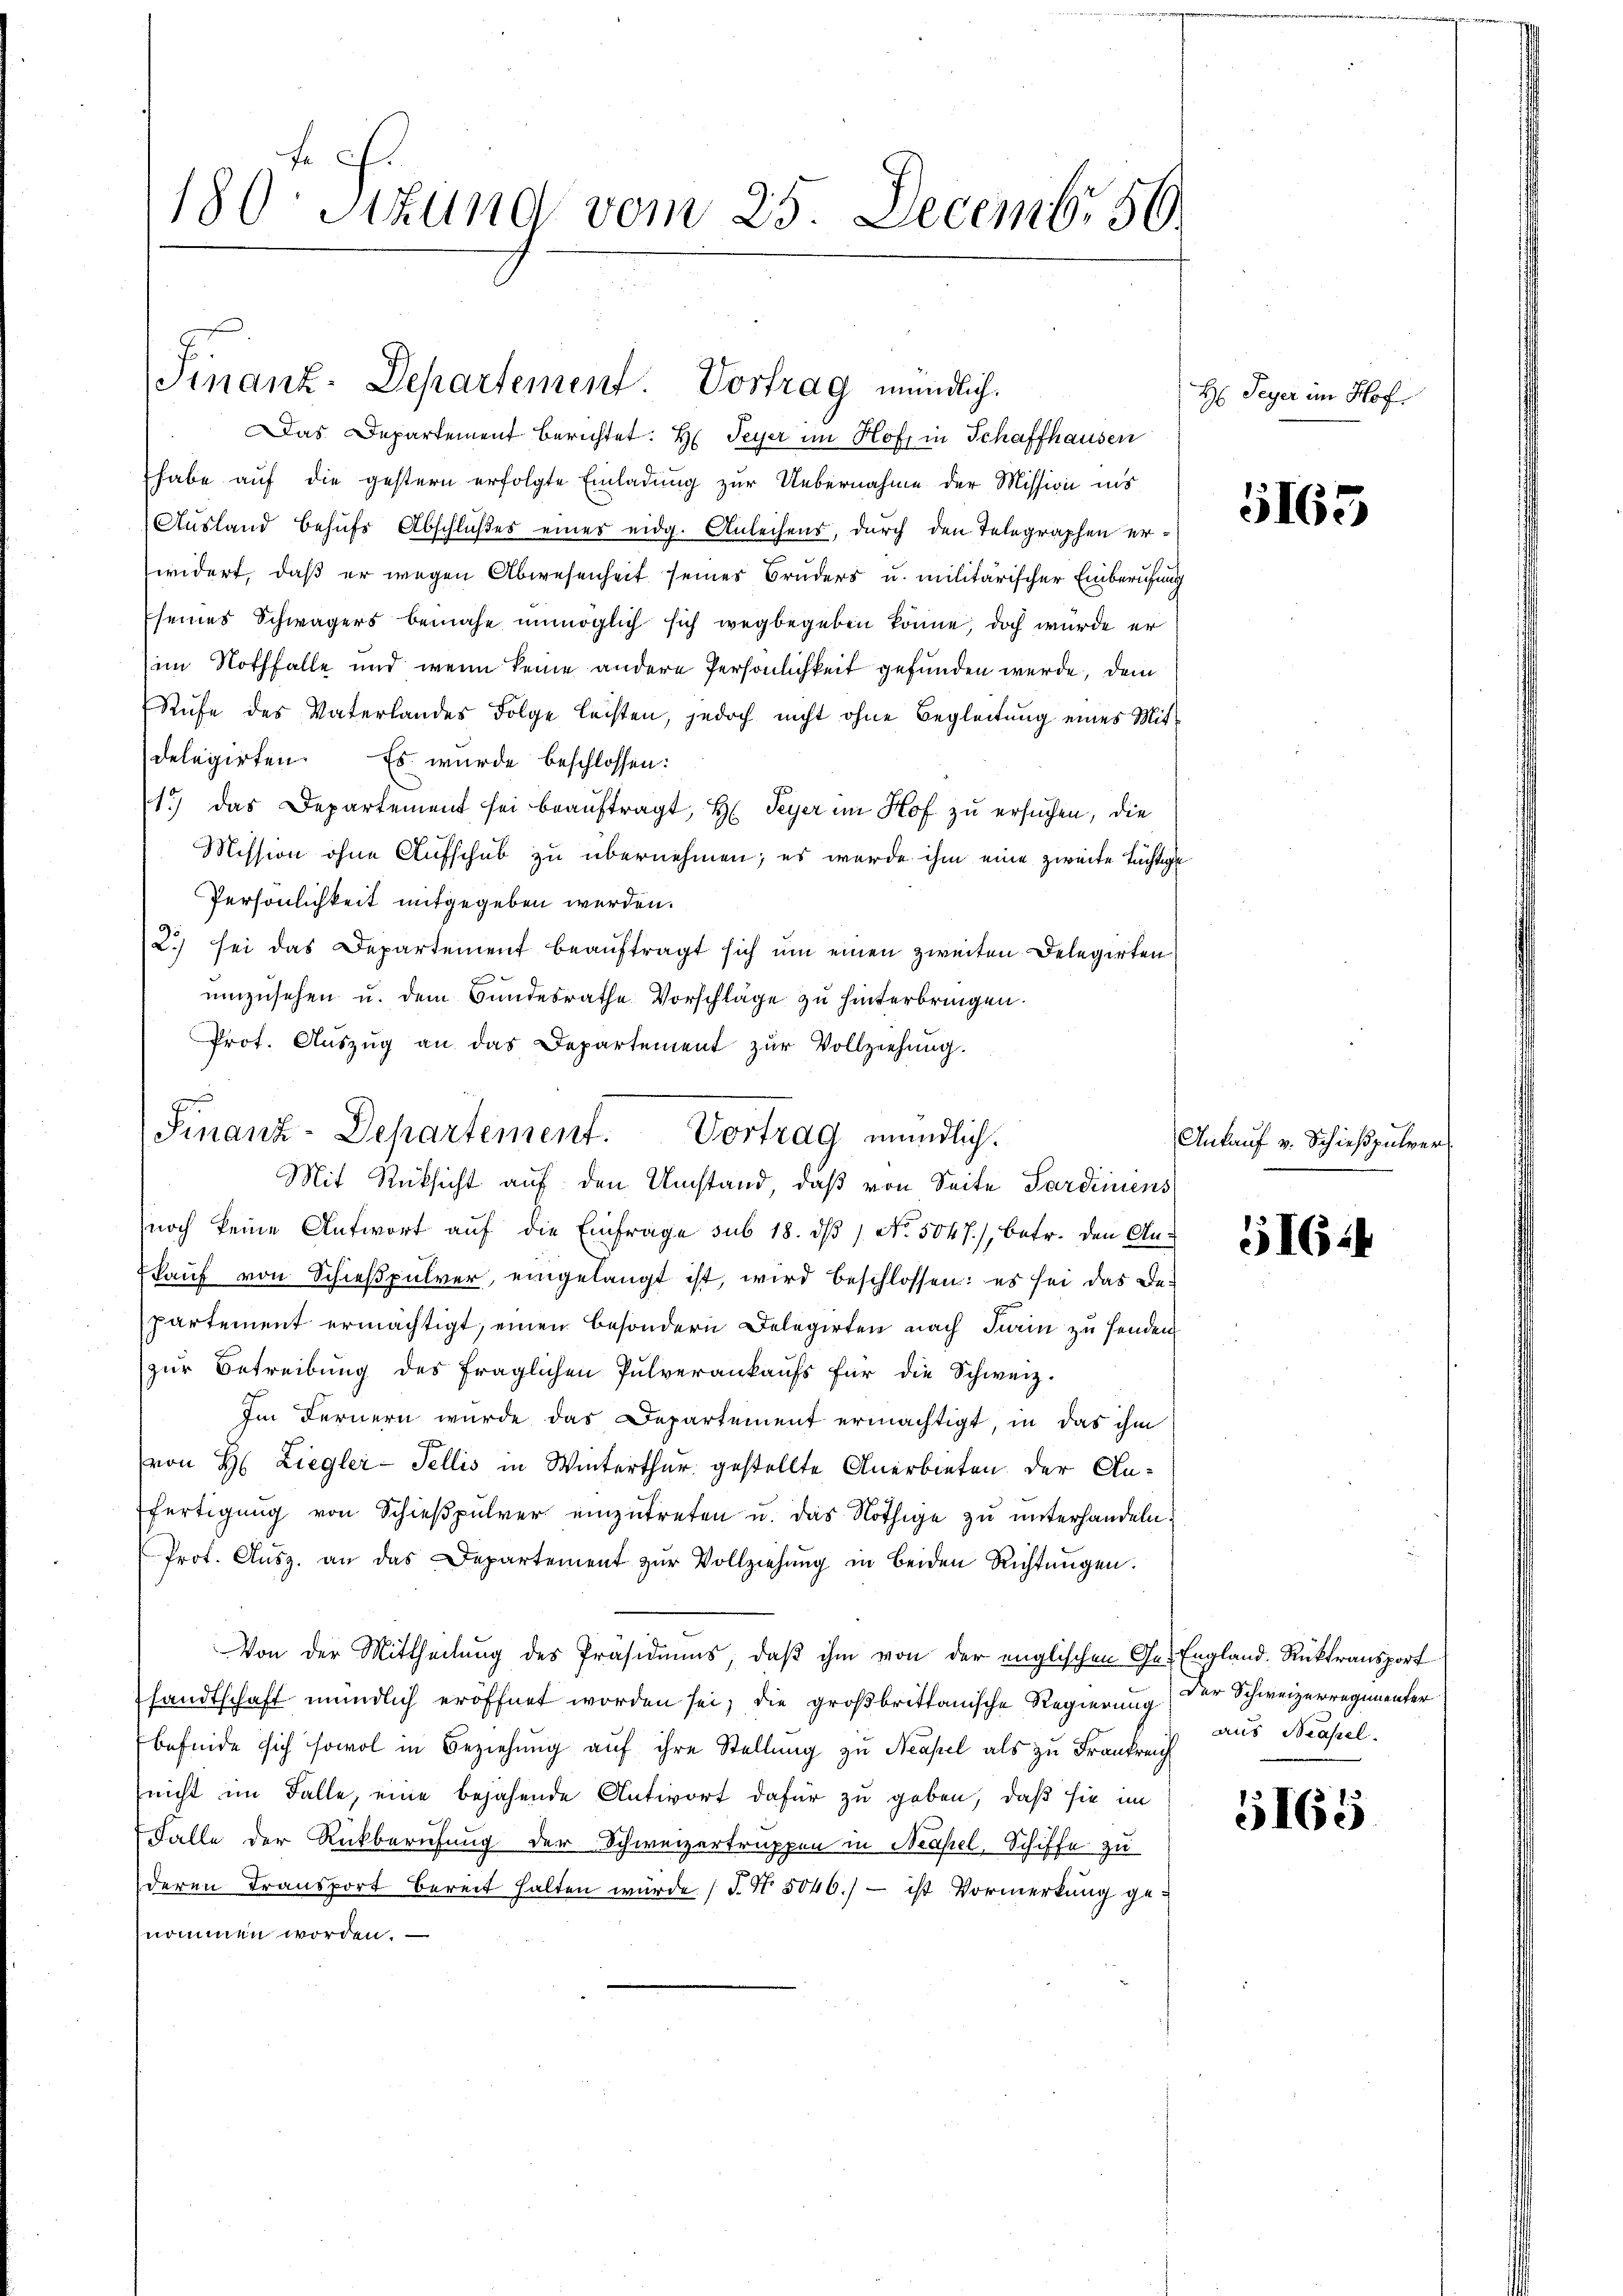
180. Sitzung vom 25. Decembr 56

Finanz-Departement. Vortrag mündlich.
Das Departement berichtet. H. Peyer im Hoff in Schaffhausen

habe auf die gestern erfolgte Einladung zur Uebernahme der Mission ins
Ausland behufs Abschlußes einer eidg. Anleihens, durch den Telegraphen erwidert, daß er wegen Abwesenheit seines Bruders u. militärischer Einberufung
seines Schwägers benahe unmöglich sich wegbegeben könne, doch wurde er
im Nothfalle und wenn keine andere Persönlichkeit gefunden werde, dem
Rufe des Vaterlandes Folge leisten, jedoch nicht ohne Begleitung eines Mit
delegirten. Es wurde beschlossen:
1.) Das Departement sei beauftragt, Hr. Peyer im Hof zu ersuchen, die
Mission ohne Aufschub zu übernehmen; es wurde ihm eine zweite tüchtige
Persönlichkeit mitgegeben werden.
2.) sei das Departement beaŭftragt sich um einen zweiten Delegirten
umzusehen u. dem Bundesrathe Vorschläge zu hinterbringen.
Prot. Aŭszŭg an das Departement zŭr Vollziehung.
noch keine Antwort auf die Einfrage sub 18. dβ / No. 5047), betr. den Ankauf von Schießpulver, eingelangt ist, wird beschlossen: es sei das Be-
partement ermächtigt, einen besondern Delegirten nach darin zu senden
zur Betreibung des fraglichen Pulverankaufs für die Schweiz.
Im Fernern wurde das Departement ermächtigt, in das ihm
von H: Liegler-Fellis in Winterthur gestellte Anerbieten der Anfertigung von Schießpulver einzutreten u. das Nöthige zu unterhandeln.
Prot. Aŭsz. an das Departement zŭr Vollziehŭng in beiden Richtŭngen.
Von der Mittheilung des Präsidiums, daß ihm von der englischen Ge-England. Rücktransport
sandtschaft mündlich eröffnet worden sei, die großbrittanische Regierung
befinde sich sowol in Beziehung auf ihre Stellung zu Neapel als zu Frankreich
(nicht im Falle, eine bejahende Antwort dafür zu geben, daß sie im
 Falle der Rückberufung der Schweizertruppen in Neapel, Schiffe zu
deren Transport bereit halten würde (S. Nr. 5046.) - ist Vormerkung ge-
nommen worden.

Finanz-Departement. Vortrag mündlich.
Mit Rücksicht auf den Umstand, daß von Seite Sardiniens

H: Peyer im Hof

5165

Ankauf v. Schießpulver

5164

Der Schweizerregimenter
aus Basel.

5165